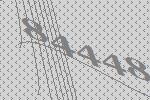
84448